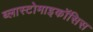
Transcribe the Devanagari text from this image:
ब्लास्टोमाइकॉसिस